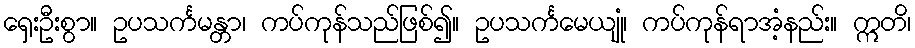
ရှေးဦးစွာ။ ဥပသင်္ကမန္တာ၊ ကပ်ကုန်သည်ဖြစ်၍။ ဥပသင်္ကမေယျုံ၊ ကပ်ကုန်ရာအံ့နည်း။ ဣတိ၊